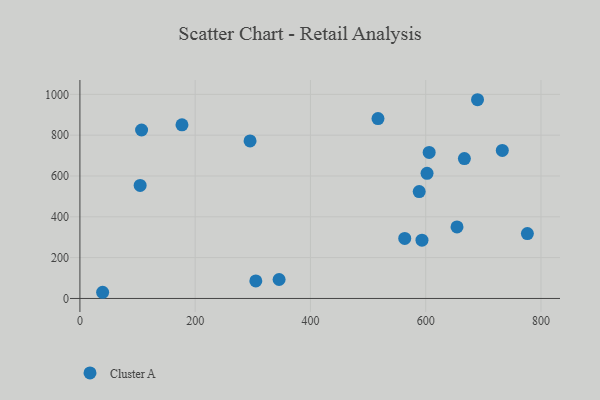
{"axis": {"x": "Experience", "y": "Demand"}, "legend": ["Cluster A"], "data": [{"x": "654.3", "y": 350.4, "type": "Cluster A"}, {"x": "295.2", "y": 771.8, "type": "Cluster A"}, {"x": "177.1", "y": 850.7, "type": "Cluster A"}, {"x": "593.5", "y": 285.6, "type": "Cluster A"}, {"x": "305.2", "y": 85.7, "type": "Cluster A"}, {"x": "107.0", "y": 825.3, "type": "Cluster A"}, {"x": "732.9", "y": 725.4, "type": "Cluster A"}, {"x": "345.6", "y": 92.8, "type": "Cluster A"}, {"x": "606.0", "y": 715.3, "type": "Cluster A"}, {"x": "667.1", "y": 685.3, "type": "Cluster A"}, {"x": "39.4", "y": 30.3, "type": "Cluster A"}, {"x": "588.7", "y": 523.7, "type": "Cluster A"}, {"x": "602.3", "y": 613.1, "type": "Cluster A"}, {"x": "776.4", "y": 318.1, "type": "Cluster A"}, {"x": "517.2", "y": 881.4, "type": "Cluster A"}, {"x": "104.5", "y": 553.7, "type": "Cluster A"}, {"x": "689.9", "y": 973.7, "type": "Cluster A"}, {"x": "563.6", "y": 294.3, "type": "Cluster A"}]}